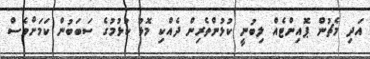
އަދި މެޗުން ޕޮއިންޓެއް ލިބުނީ ކުޅުންތެރިން ދެއްކި މޮޅު ކުޅުމުގެ ސަބަބުން ކަމަށްވެސް